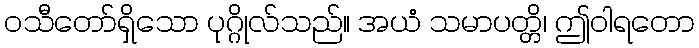
ဝသီတော်ရှိသော ပုဂ္ဂိုလ်သည်။ အယံ သမာပတ္တိ၊ ဤဝါရတော